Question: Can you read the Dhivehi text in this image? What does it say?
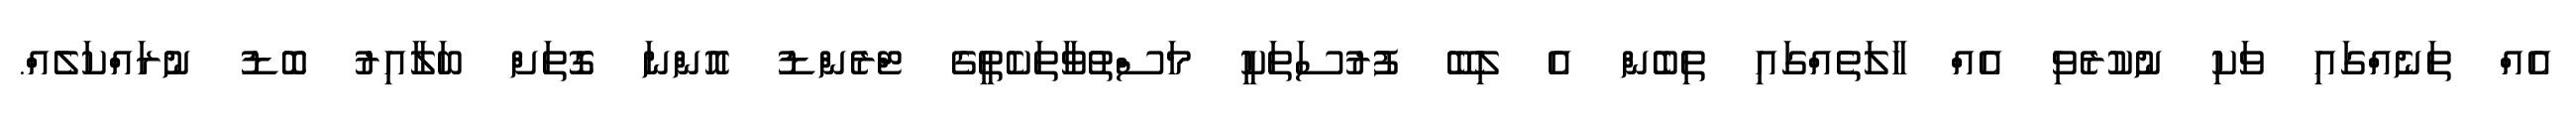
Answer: އެއް ތަނެއްގައި ވަކި ނުކުރެވި އެއް ހާލަތެއްގައި ތިބެން އެ ލިބޭ ފުރުސަތަކީ މަސްތުވާތަކެތީގެ ޓްރެންޑު އޮންނަ ގޮތަށް ބަލާއިރު ބޮޑު ނުރައްކަލެއް.